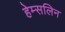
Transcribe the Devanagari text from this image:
हेम्सलिन